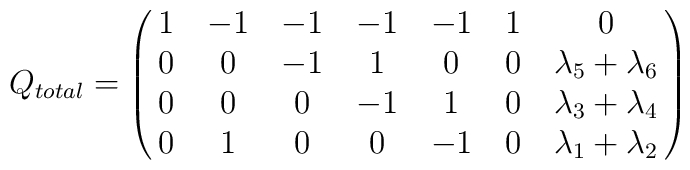
Q_{total}=\pmatrix{ 1 & -1 & -1 & -1 & -1 & 1 & 0 \cr 0 & 0 & -1 & 1 & 0 & 0 & \lambda_5 + \lambda_6 \cr 0 & 0 & 0 & -1 & 1 & 0 & \lambda_3 + \lambda_4 \cr 0 & 1 & 0 & 0 & -1 & 0 & \lambda_1 + \lambda_2 \cr}